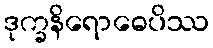
ဒုက္ခနိရောဓေပိဿ